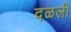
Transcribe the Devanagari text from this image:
दळली